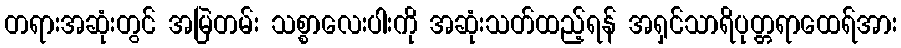
တရားအဆုံးတွင် အမြဲတမ်း သစ္စာလေးပါးကို အဆုံးသတ်ထည့်ရန် အရှင်သာရိပုတ္တရာထေရ်အား